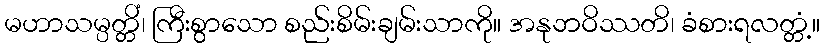
မဟာသမ္ပတ္တိံ၊ ကြီးစွာသော စည်းစိမ်းချမ်းသာကို။ အနုဘဝိဿတိ၊ ခံစားရလတ္တံ့။